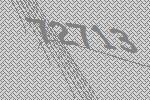
72713